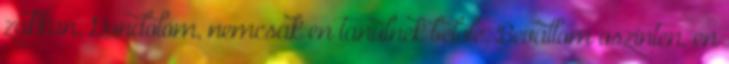
zakkan. Gondolom, nemcsak en tanulnek belole. Bevallom oszinten, en